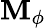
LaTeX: \mathbf{M}_{\phi}